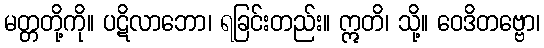
မတ္တတို့ကို။ ပဋိလာဘော၊ ရခြင်းတည်း။ ဣတိ၊ သို့။ ဝေဒိတဗ္ဗော၊